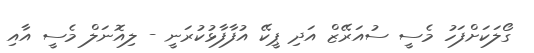
ގޯލަކަށްފަހު މެސީ ސުއަރޭޒް އަދި ޕީކޭ އުފާފާޅުކުރަނީ - ލިއޮނަލް މެސީ އާއި